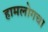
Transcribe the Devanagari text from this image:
हामलोगचा